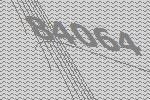
84064